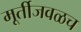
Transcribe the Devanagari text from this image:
मूर्तीजवळच